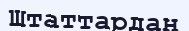
Штаттардан